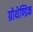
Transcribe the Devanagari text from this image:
ग्रोथेण्डिक